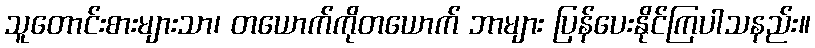
သူတောင်းစားများသာ၊ တယောက်ကိုတယောက် ဘာများ ပြန်ပေးနိုင်ကြပါသနည်း။